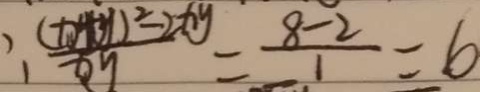
\frac { ( x + y ) ^ { 2 } - 2 x y } { x y } = \frac { 8 - 2 } { 1 } = 6